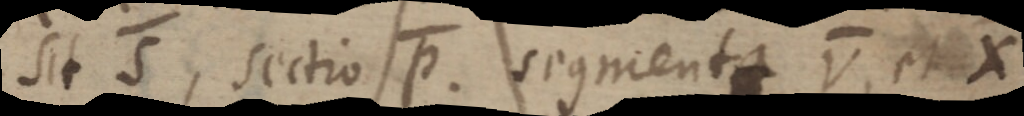
sit S, sectio P. segmenta V, et X